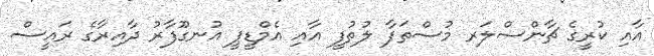
އާއި ކުރީގެ ޗާންސްލަރ މުސްތަފާ ލުތުފީ އާއި އެމްޑީޕީ އުނގޫފާރު ދާއިރާގެ ރައީސް